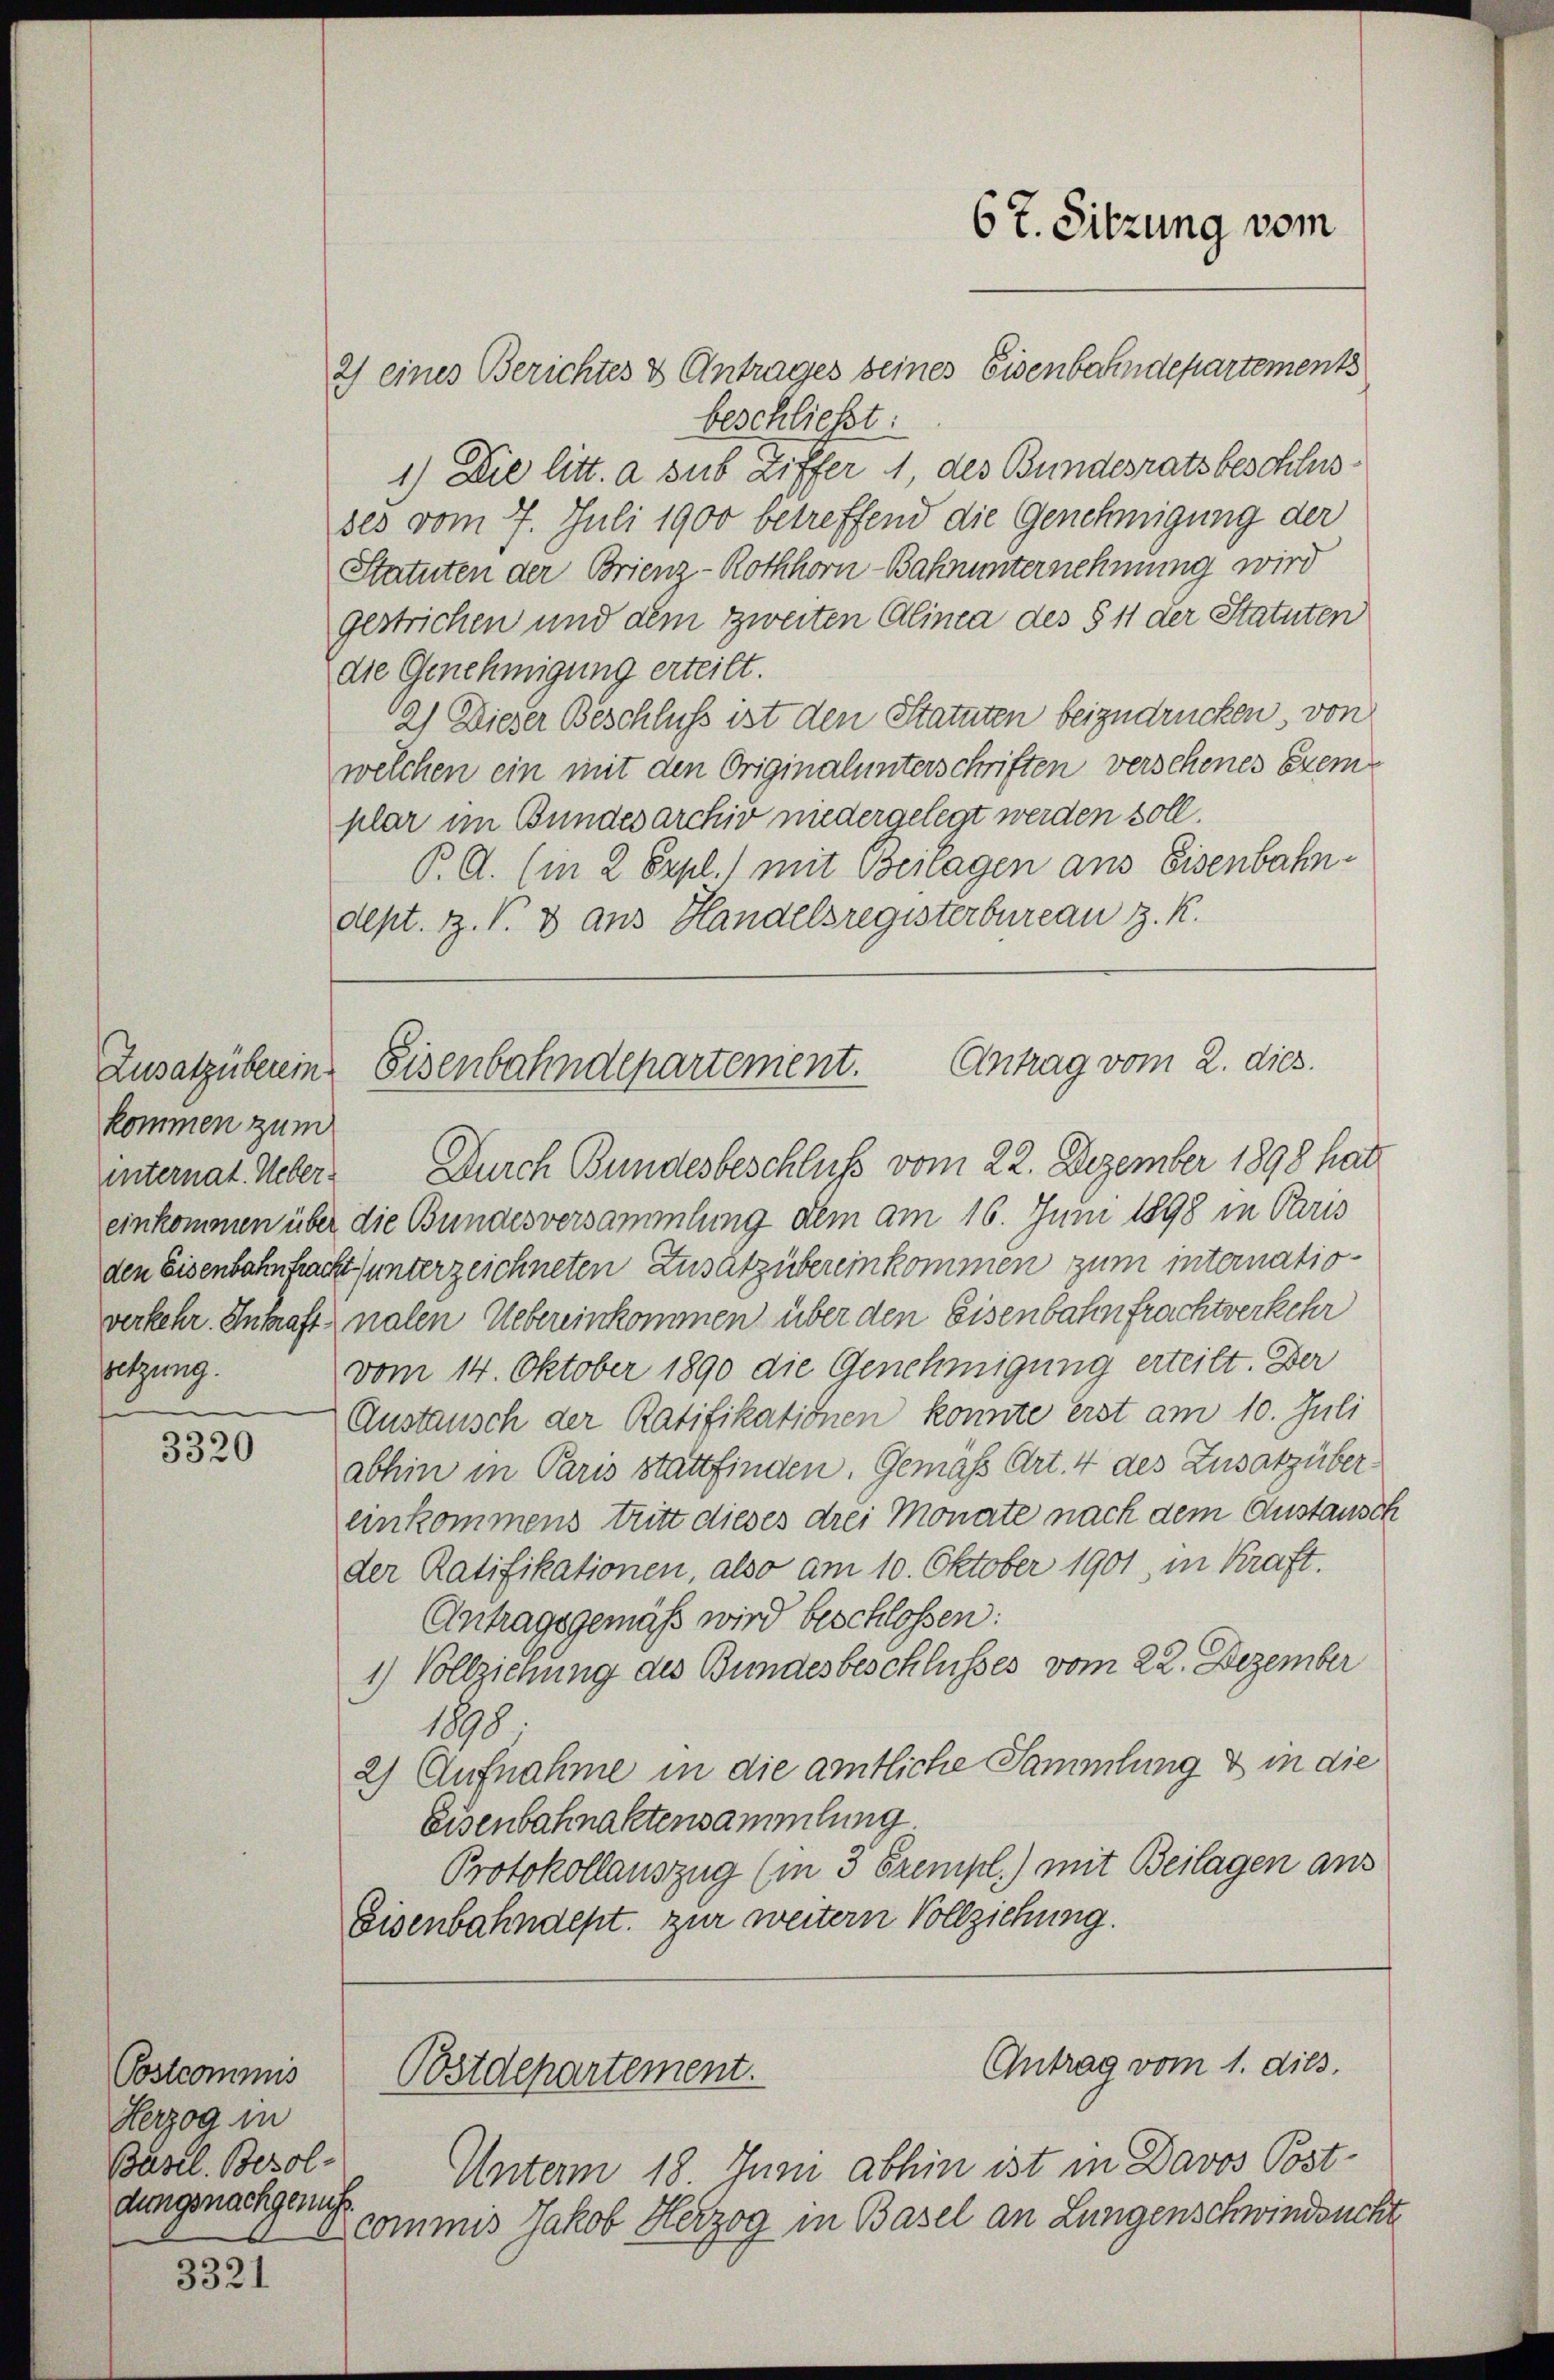
Zusatzüberein.
kommen zum
setzung.

3320

Postcommis
Herzog in
Basel. Besoldungsnachgenus

3321

2) eines Berichtes & Antrages seines Eisenbahndepartements
beschließt
1) Die litt. a sub Ziffer 1, des Bundesrats beschlusdes vom 7. Juli 1900 betreffend die Genehmigung der
Statuten der Brienz-Rothhorn-Bahnunternehmung wird
gestrichen und dem zweiten Alinea des § 11 der Statuten
die Genehmigung erteilt.
2) Dieser Beschluss ist den Statuten beizudrücken, von
welchen ein mit den Originalunterschriften versehenes Exemplar im Bundesarchiv niedergelegt werden soll.
P. C. (in 2 Expl.) mit Beilagen aus Eisenbahndept. Z. V. 3 aus Handelsregisterbureau z. K.

6 t. Sitzung vom

Antrag vom 2. dies.
Eisenbahndepartement.

Bostdepartement.

internat. Ueber. Durch Bundesbeschluß vom 22. Dezember 1898 hat
einkommen über die Bundesversammlung dem am 16. Juni 1898 in Paris
den Eisenbahnfacht unterzeichneten Zusatz übereinkommen zum internatioverkehr. Inkraft nalen Uebereinkommen über den Eisenbahnfrachtverkehr
vom 14. Oktober 1890 die Genehmigung erteilt. Der
Austausch der Ratifikationen konnte erst am 10. Juli
abhin in Paris stattfinden. Gemäß Art. 4 des Zusatzübereinkommens tritt dieses drei Monate nach dem Anstausch
der Ratifikationen, also am 10. Oktober 1901, in Kraft.
Antragsgemäß wird beschlossen:
1) Vollziehung des Bundesbeschlusses vom 22. Dezember
1898,
2) Aufnahme in die amtliche Sammlung & in die
Eisenbahnaktensammlung
Protokollauszug (in 3 Exempl.) mit Beilagen aus
Eisenbahndept. zur weitern Vollziehung.

Antrag vom 1. dies.

Unterm 18. Juni abhin ist in Davos Post-
commis Jakob Herzog in Basel an Lungenschwindsucht